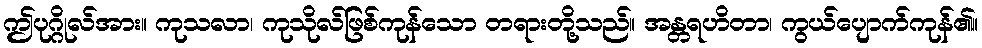
ဤပုဂ္ဂိုလ်အား။ ကုသလာ၊ ကုသိုလ်ဖြစ်ကုန်သော တရားတို့သည်။ အန္တရဟိတာ၊ ကွယ်ပျောက်ကုန်၏။